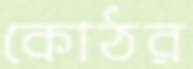
কোঠর